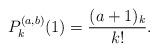
LaTeX: \begin{align*}P_{k}^{(a,b)}(1)=\frac{(a+1)_k}{k!}.\end{align*}